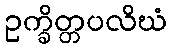
ဥက္ခိတ္တပလိဃံ